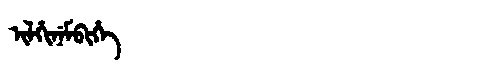
Manchu: ᡳᠯᡥᡳᠨᡝᠮᠪᡳᡥᡝ
Romanization: ILHINEMBIHE